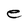
Character: e